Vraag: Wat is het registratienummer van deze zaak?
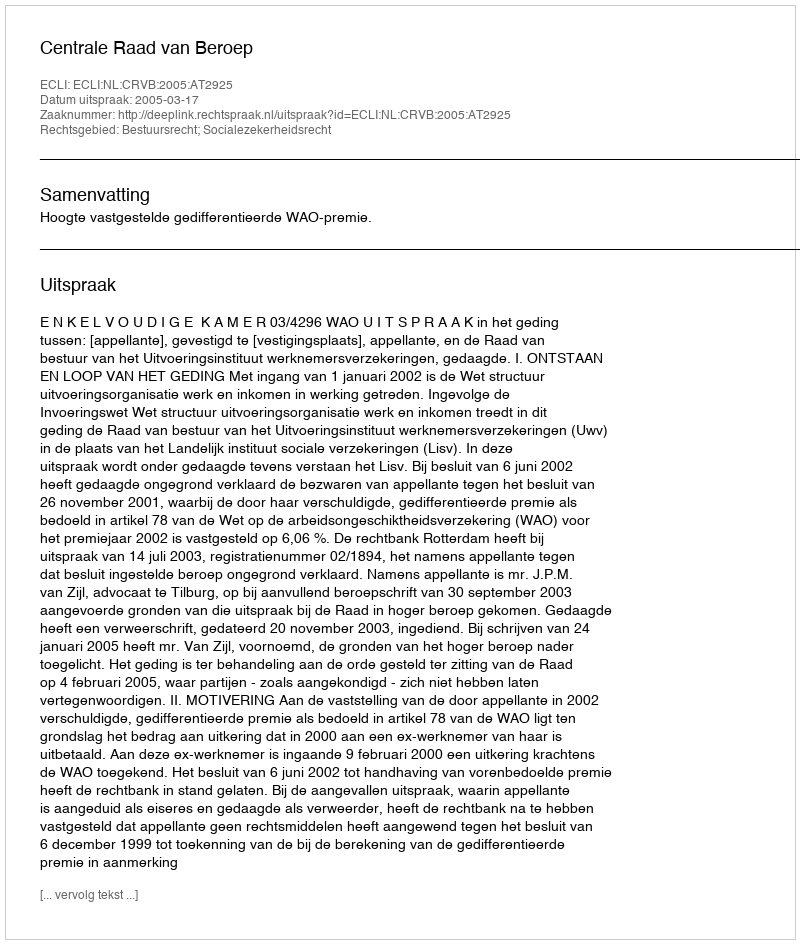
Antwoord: http://deeplink.rechtspraak.nl/uitspraak?id=ECLI:NL:CRVB:2005:AT2925